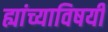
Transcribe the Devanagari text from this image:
ह्यांच्याविषयी